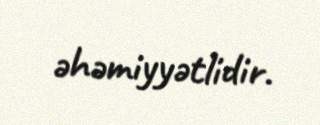
əhəmiyyətlidir.